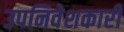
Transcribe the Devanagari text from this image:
उपनिवेशकारी